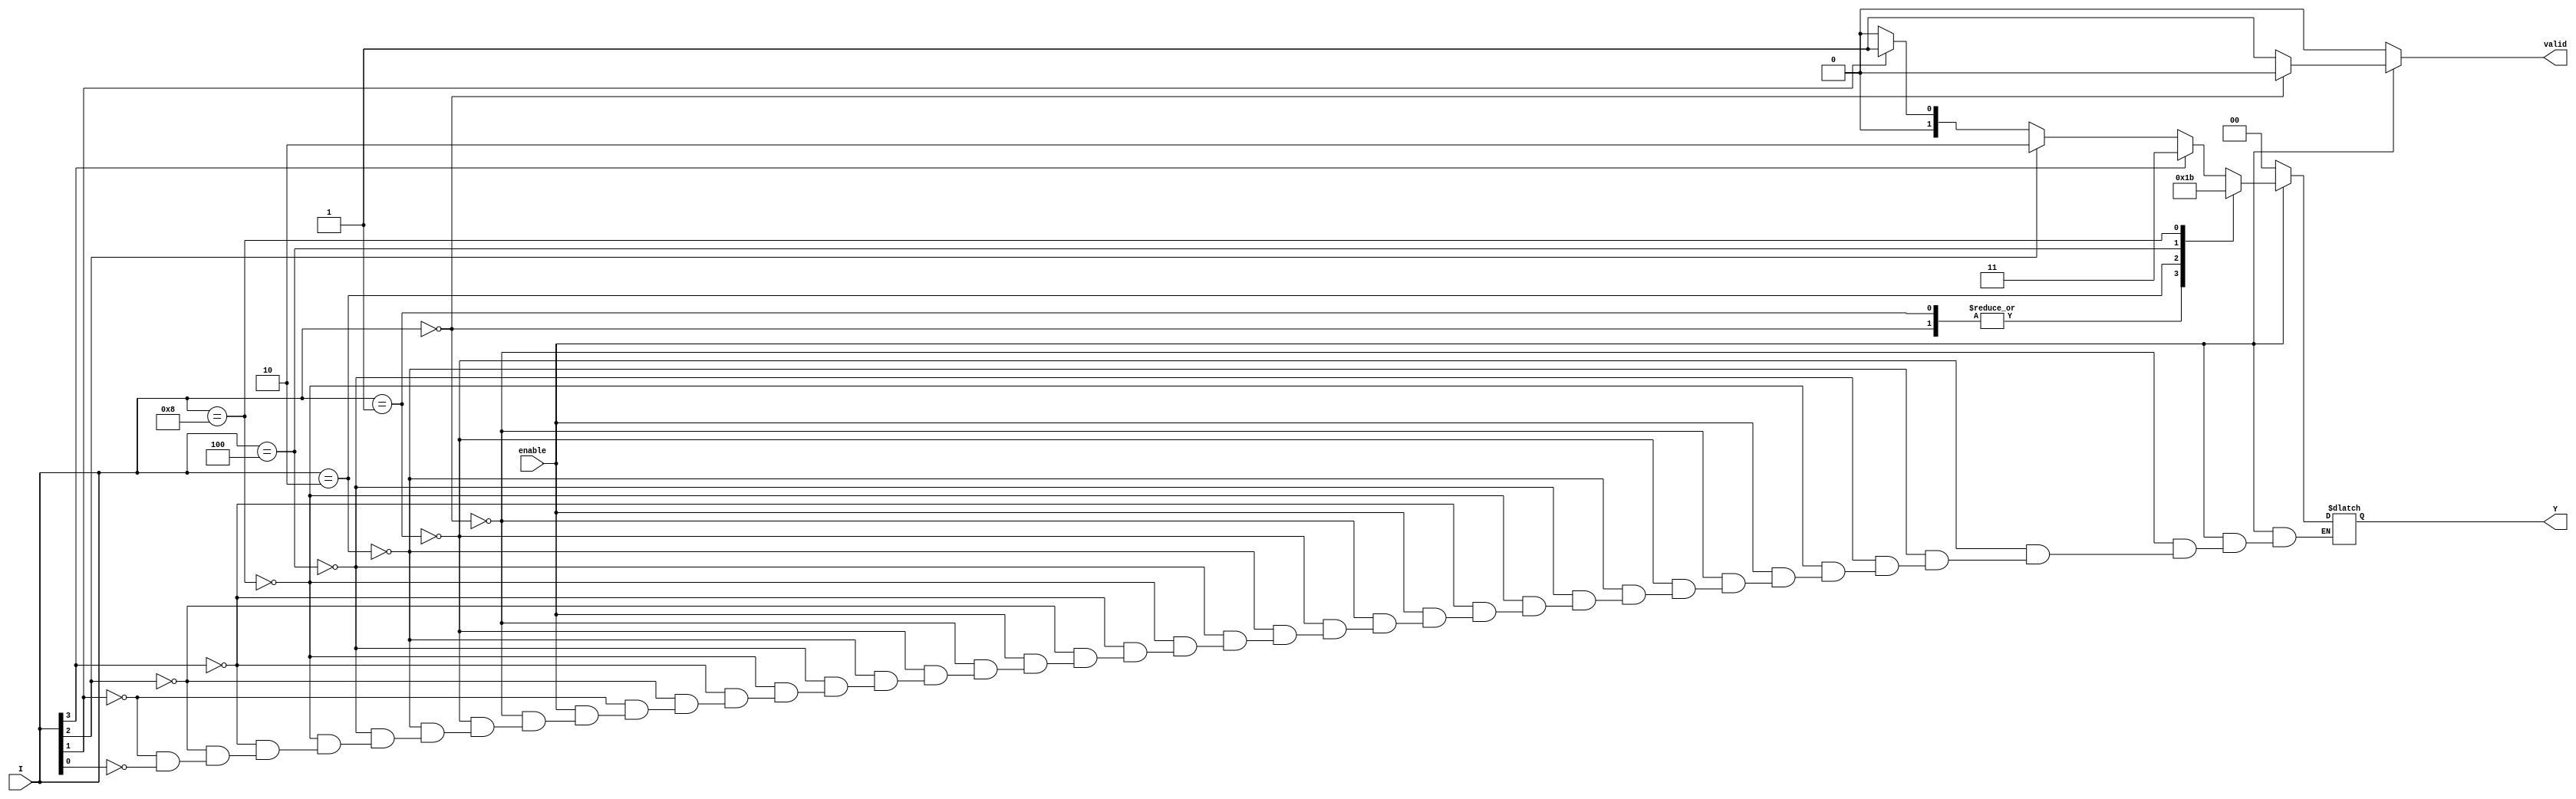
module encoder_4to2 (
    input wire [3:0] I,      // 4 input lines
    input wire enable,       // Enable signal
    output reg [1:0] Y,      // 2 output lines
    output reg valid         // Indicates if the output is valid
);
    
    always @(*) begin
        if (!enable) begin
            Y = 2'b00;        // Default output when not enabled
            valid = 0;        // Output not valid
        end else begin
            case (I)
                4'b0000: begin
                    Y = 2'b00;  // No input active
                    valid = 0;  // Output not valid
                end
                4'b0001: begin
                    Y = 2'b00;  // Input I0 active
                    valid = 1;  // Output valid
                end
                4'b0010: begin
                    Y = 2'b01;  // Input I1 active
                    valid = 1;  // Output valid
                end
                4'b0100: begin
                    Y = 2'b10;  // Input I2 active
                    valid = 1;  // Output valid
                end
                4'b1000: begin
                    Y = 2'b11;  // Input I3 active
                    valid = 1;  // Output valid
                end
                default: begin
                    // For cases where multiple inputs might be active
                    if (I[3]) begin
                        Y = 2'b11;  // If I3 is active
                    end else if (I[2]) begin
                        Y = 2'b10;  // If I2 is active
                    end else if (I[1]) begin
                        Y = 2'b01;  // If I1 is active
                    end else if (I[0]) begin
                        Y = 2'b00;  // If I0 is active
                    end
                    valid = 1;      // Output valid since at least one input is active
                end
            endcase
        end
    end
endmodule